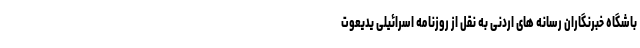
باشگاه خبرنگاران رسانه های اردنی به نقل از روزنامه اسرائیلی یدیعوت